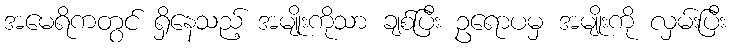
အမေရိကတွင် ရှိနေသည့် အမျိုးကိုသာ ချစ်ပြီး ဥရောပမှ အမျိုးကို လှမ်းပြီး